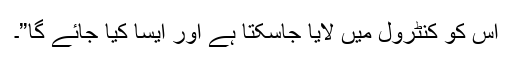
اس کو کنٹرول میں لایا جاسکتا ہے اور ایسا کیا جائے گا”۔